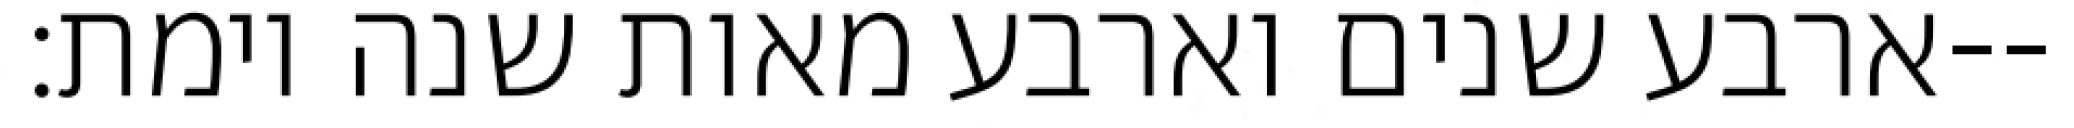
ארבע שנים וארבע מאות שנה וימת׃--